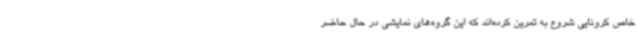
خاص کرونایی شروع به تمرین کرده‌اند که این گروه‌های نمایشی در حال حاضر